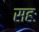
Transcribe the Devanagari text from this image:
सहः